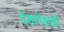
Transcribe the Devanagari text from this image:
देशापेक्षाही